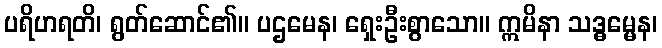
ပရိဟရတိ၊ ရွတ်ဆောင်၏။ ပဌမေန၊ ရှေးဦးစွာသော။ ဣမိနာ သဒ္ဓမ္မေန၊